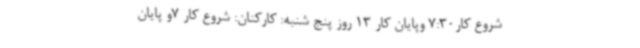
شروع کار7:30 وپایان کار 13 روز پنج شنبه: کارکنان: شروع کار 7و پایان